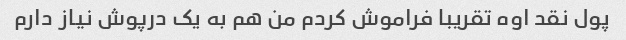
پول نقد اوه تقریبا فراموش کردم من هم به یک درپوش نیاز دارم